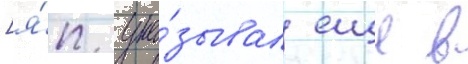
[я́п. ука́зывал еще в